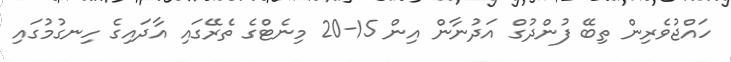
ހައްޖުވެރިން ތިބޭ ފުންދުގް އަދުނާން އިން 15-20 މިނެޓްގެ ތެރޭގައި އާދައިގެ ހިނގުމުގައި